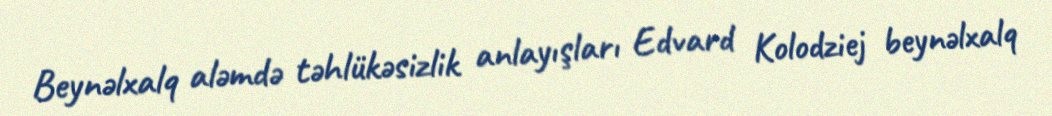
Beynəlxalq aləmdə təhlükəsizlik anlayışları Edvard Kolodziej beynəlxalq